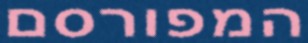
המפורסם